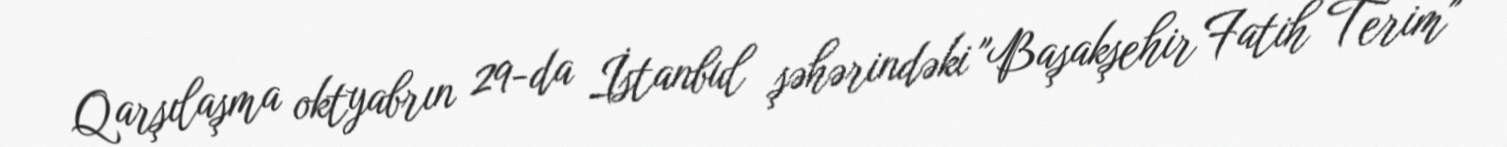
Qarşılaşma oktyabrın 29-da İstanbul şəhərindəki "Başakşehir Fatih Terim"